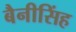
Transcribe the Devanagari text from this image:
बैनीसिंह